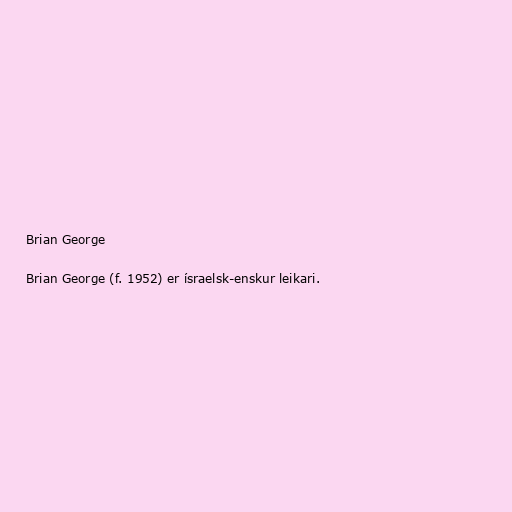
Brian George

Brian George (f. 1952) er ísraelsk-enskur leikari.